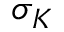
\sigma _ { K }